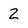
Character: z